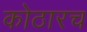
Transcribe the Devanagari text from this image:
कोठारच